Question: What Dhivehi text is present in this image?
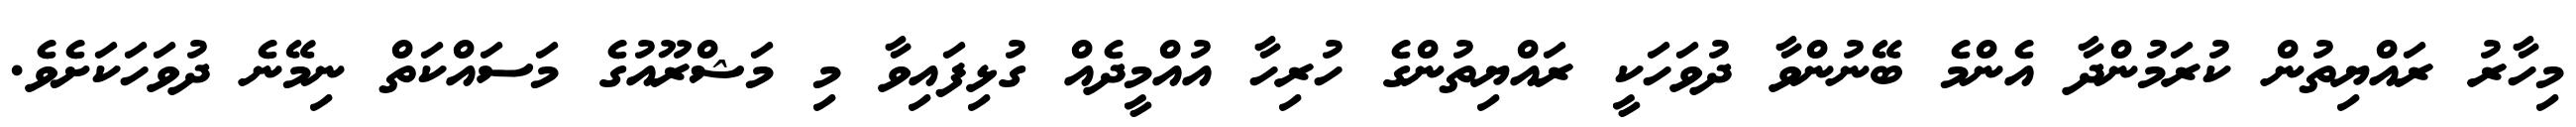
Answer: މިހާރު ރައްޔިތުން ކުރަމުންދާ އެންމެ ބޭނުންވާ ދުވަހަކީ ރައްޔިތުންގެ ހުރިހާ އުއްމީދެއް ގުޅިފައިވާ މި މަޝްރޫއުގެ މަސައްކަތް ނިމޭނެ ދުވަހަކަށެވެ.